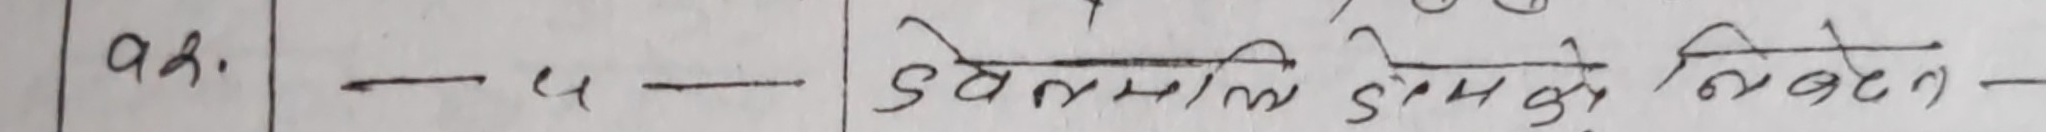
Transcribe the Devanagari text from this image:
aके - ५ - डोल्मलि डोप्मो रिबने -